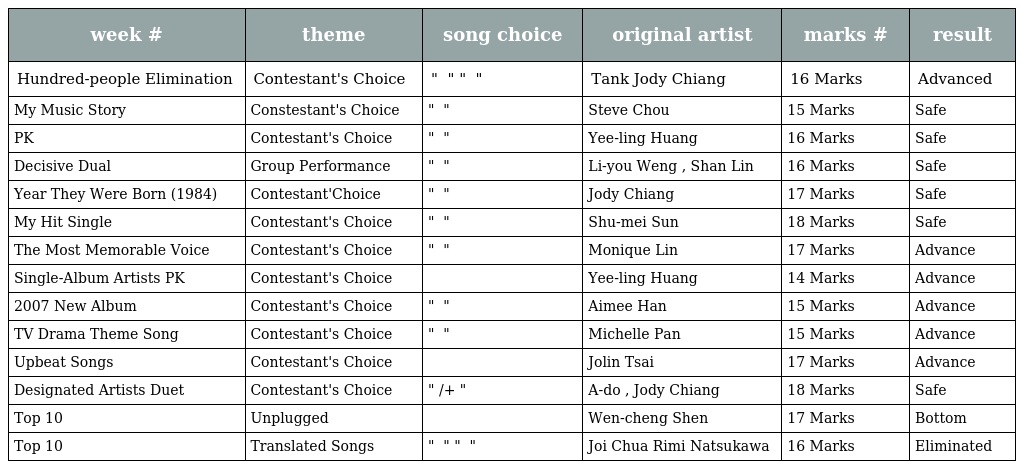
| week # | theme | song choice | original artist | marks # | result |
 | --- | --- | --- | --- | --- | --- |
 | Hundred-people Elimination | Contestant's Choice | " 非你莫屬 " " 無言花 " | Tank Jody Chiang | 16 Marks | Advanced |
 | My Music Story | Constestant's Choice | " 記事本 " | Steve Chou | 15 Marks | Safe |
 | PK | Contestant's Choice | " 愛到才知痛 " | Yee-ling Huang | 16 Marks | Safe |
 | Decisive Dual | Group Performance | " 無人來作伴 " | Li-you Weng , Shan Lin | 16 Marks | Safe |
 | Year They Were Born (1984) | Contestant'Choice | " 惜別的海岸 " | Jody Chiang | 17 Marks | Safe |
 | My Hit Single | Contestant's Choice | " 恩情無人可比 " | Shu-mei Sun | 18 Marks | Safe |
 | The Most Memorable Voice | Contestant's Choice | " 往昔 " | Monique Lin | 17 Marks | Advance |
 | Single-Album Artists PK | Contestant's Choice | 無字的情批 | Yee-ling Huang | 14 Marks | Advance |
 | 2007 New Album | Contestant's Choice | " 沒有你的日子我好孤單 " | Aimee Han | 15 Marks | Advance |
 | TV Drama Theme Song | Contestant's Choice | " 桂花巷 " | Michelle Pan | 15 Marks | Advance |
 | Upbeat Songs | Contestant's Choice | 唯舞獨尊 | Jolin Tsai | 17 Marks | Advance |
 | Designated Artists Duet | Contestant's Choice | " 夢中的情話/阿杜+江蕙 " | A-do , Jody Chiang | 18 Marks | Safe |
 | Top 10 | Unplugged | 心事誰人知 | Wen-cheng Shen | 17 Marks | Bottom |
 | Top 10 | Translated Songs | " 陪我看日出 " " 淚光閃閃 " | Joi Chua Rimi Natsukawa | 16 Marks | Eliminated |